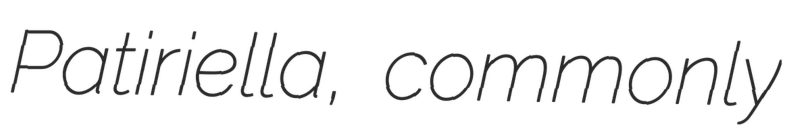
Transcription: Patiriella, commonly